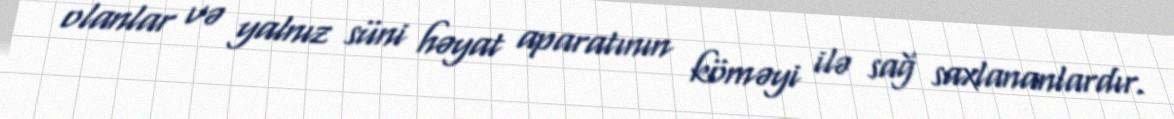
olanlar və yalnız süni həyat aparatının köməyi ilə sağ saxlananlardır.